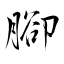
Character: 腳